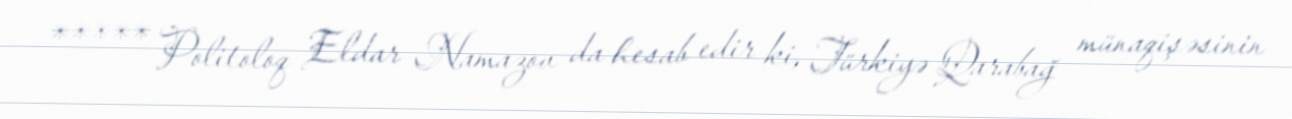
***** Politoloq Eldar Namazov da hesab edir ki, Türkiyə Qarabağ münaqişəsinin